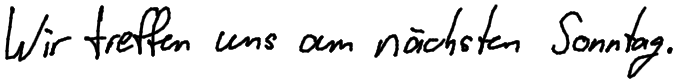
Wir treffen uns am nächsten Sonntag.